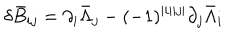
\delta \bar { B } _ { i j } = \partial _ { i } \bar { \Lambda } _ { j } - ( - 1 ) ^ { | i | | j | } \partial _ { j } \bar { \Lambda } _ { i }